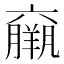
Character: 𱻓